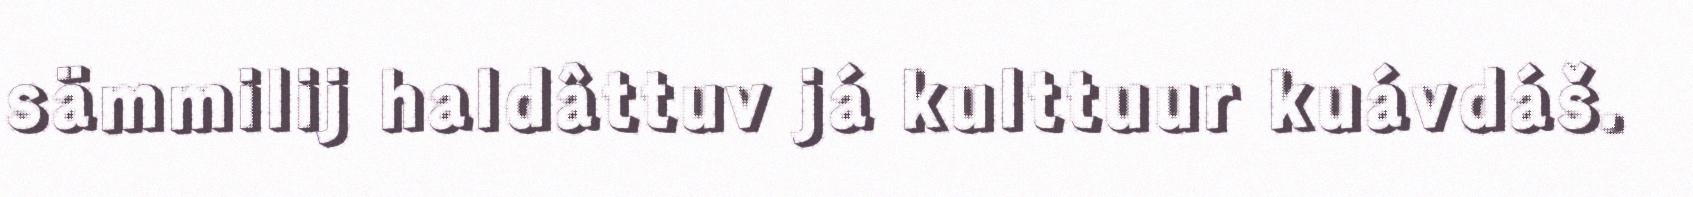
sämmilij haldâttuv já kulttuur kuávdáš.